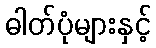
ဓါတ်ပုံများနှင့်